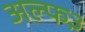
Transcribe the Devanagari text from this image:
अल्फ३